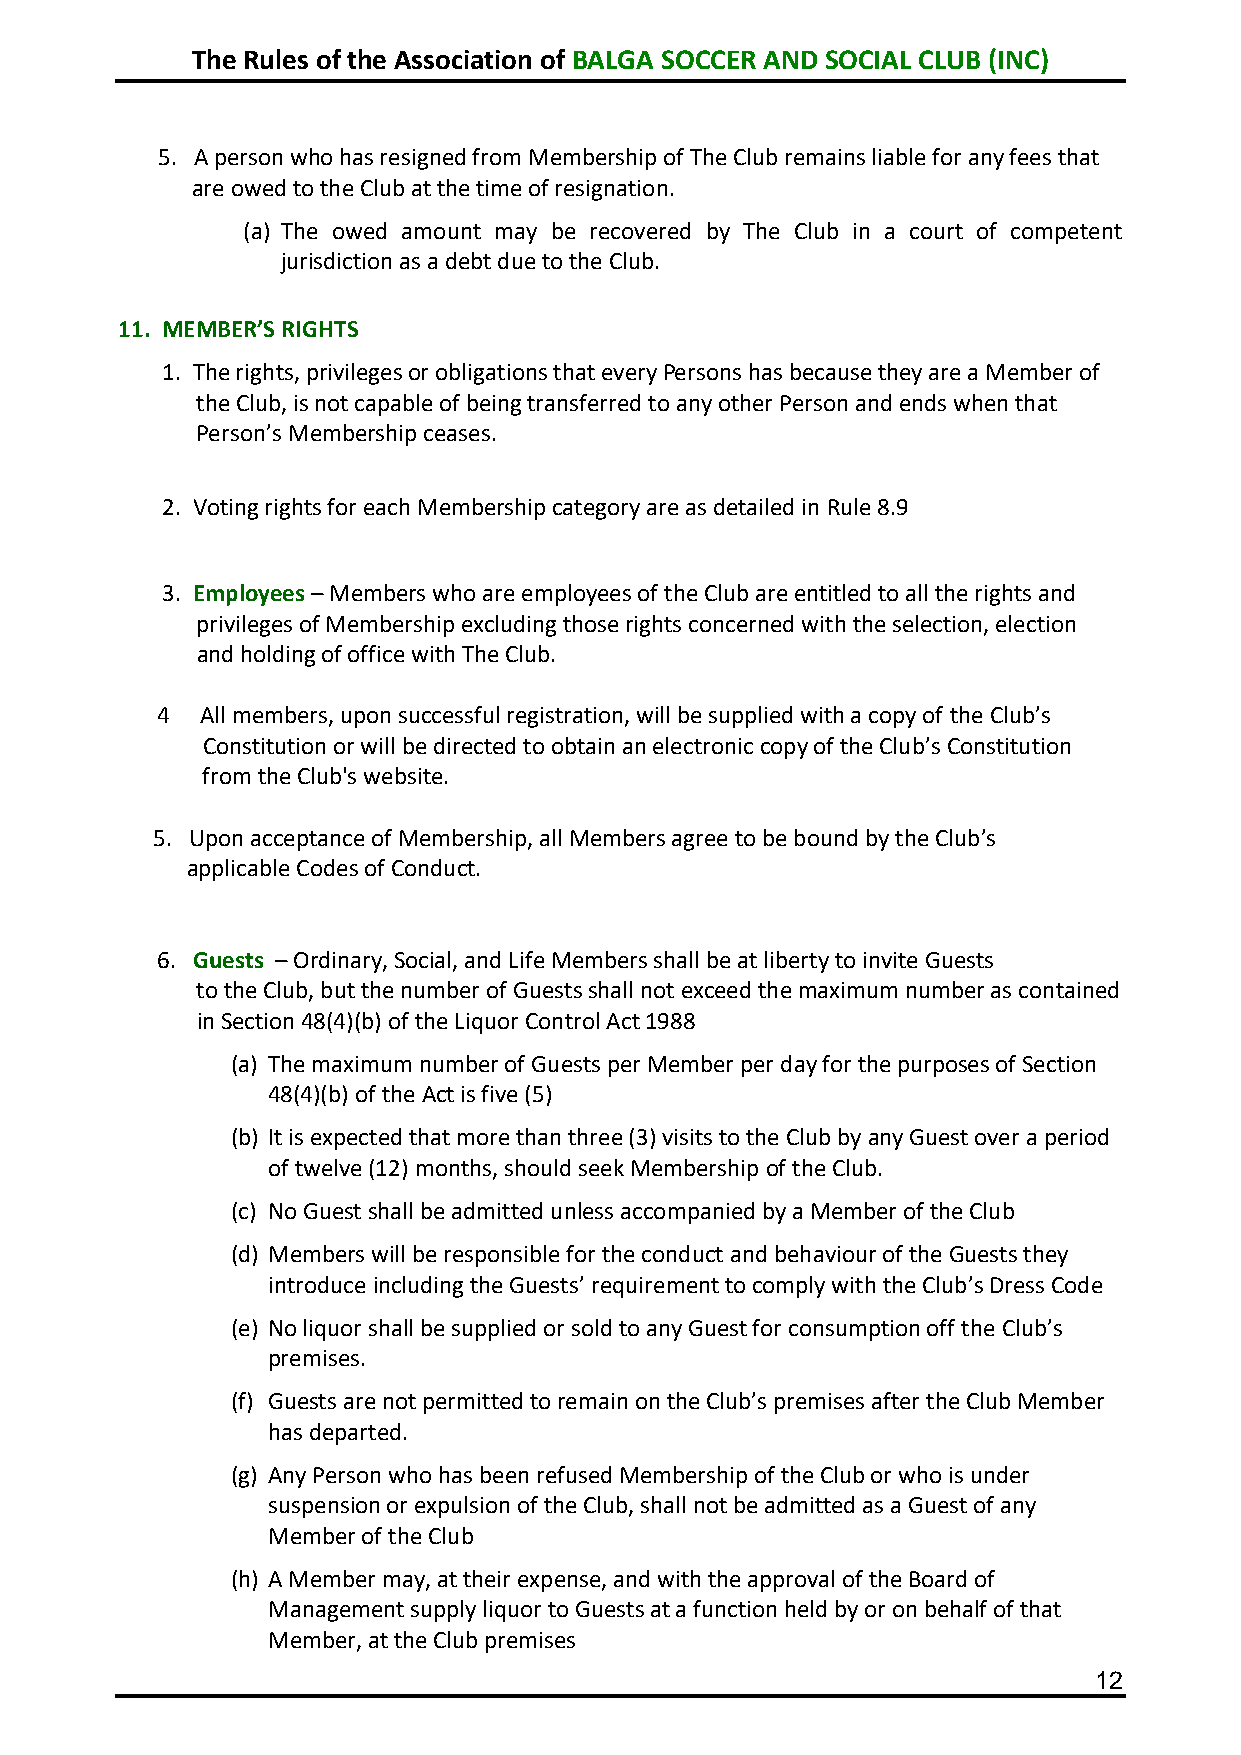
The Rules of the Association of BALGA SOCCER AND SOCIAL CLUB (INC)
 5. A person who has resigned from Membership of The Club remains liable for any fees that
 are owed to the Club at the time of resignation.
 (a) The owed amount may be recovered by The Club in a court of competent
 jurisdiction as a debt due to the Club.
 11. MEMBER’S RIGHTS
 1. The rights, privileges or obligations that every Persons has because they are a Member of
 the Club, is not capable of being transferred to any other Person and ends when that
 Person’s Membership ceases.
 2. Voting rights for each Membership category are as detailed in Rule 8.9
 3. Employees – Members who are employees of the Club are entitled to all the rights and
 privileges of Membership excluding those rights concerned with the selection, election
 and holding of office with The Club.
 4  All members, upon successful registration, will be supplied with a copy of the Club’s
 Constitution or will be directed to obtain an electronic copy of the Club’s Constitution
 from the Club's website.
 5. Upon acceptance of Membership, all Members agree to be bound by the Club’s
 applicable Codes of Conduct.
 6. Guests – Ordinary, Social, and Life Members shall be at liberty to invite Guests
 to the Club, but the number of Guests shall not exceed the maximum number as contained
 in Section 48(4)(b) of the Liquor Control Act 1988
 (a) The maximum number of Guests per Member per day for the purposes of Section
 48(4)(b) of the Act is five (5)
 (b) It is expected that more than three (3) visits to the Club by any Guest over a period
 of twelve (12) months, should seek Membership of the Club.
 (c) No Guest shall be admitted unless accompanied by a Member of the Club
 (d) Members will be responsible for the conduct and behaviour of the Guests they
 introduce including the Guests’ requirement to comply with the Club’s Dress Code
 (e) No liquor shall be supplied or sold to any Guest for consumption off the Club’s
 premises.
 (f) Guests are not permitted to remain on the Club’s premises after the Club Member
 has departed.
 (g) Any Person who has been refused Membership of the Club or who is under
 suspension or expulsion of the Club, shall not be admitted as a Guest of any
 Member of the Club
 (h) A Member may, at their expense, and with the approval of the Board of
 Management supply liquor to Guests at a function held by or on behalf of that
 Member, at the Club premises
 12